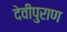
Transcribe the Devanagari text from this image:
देवीपुराण